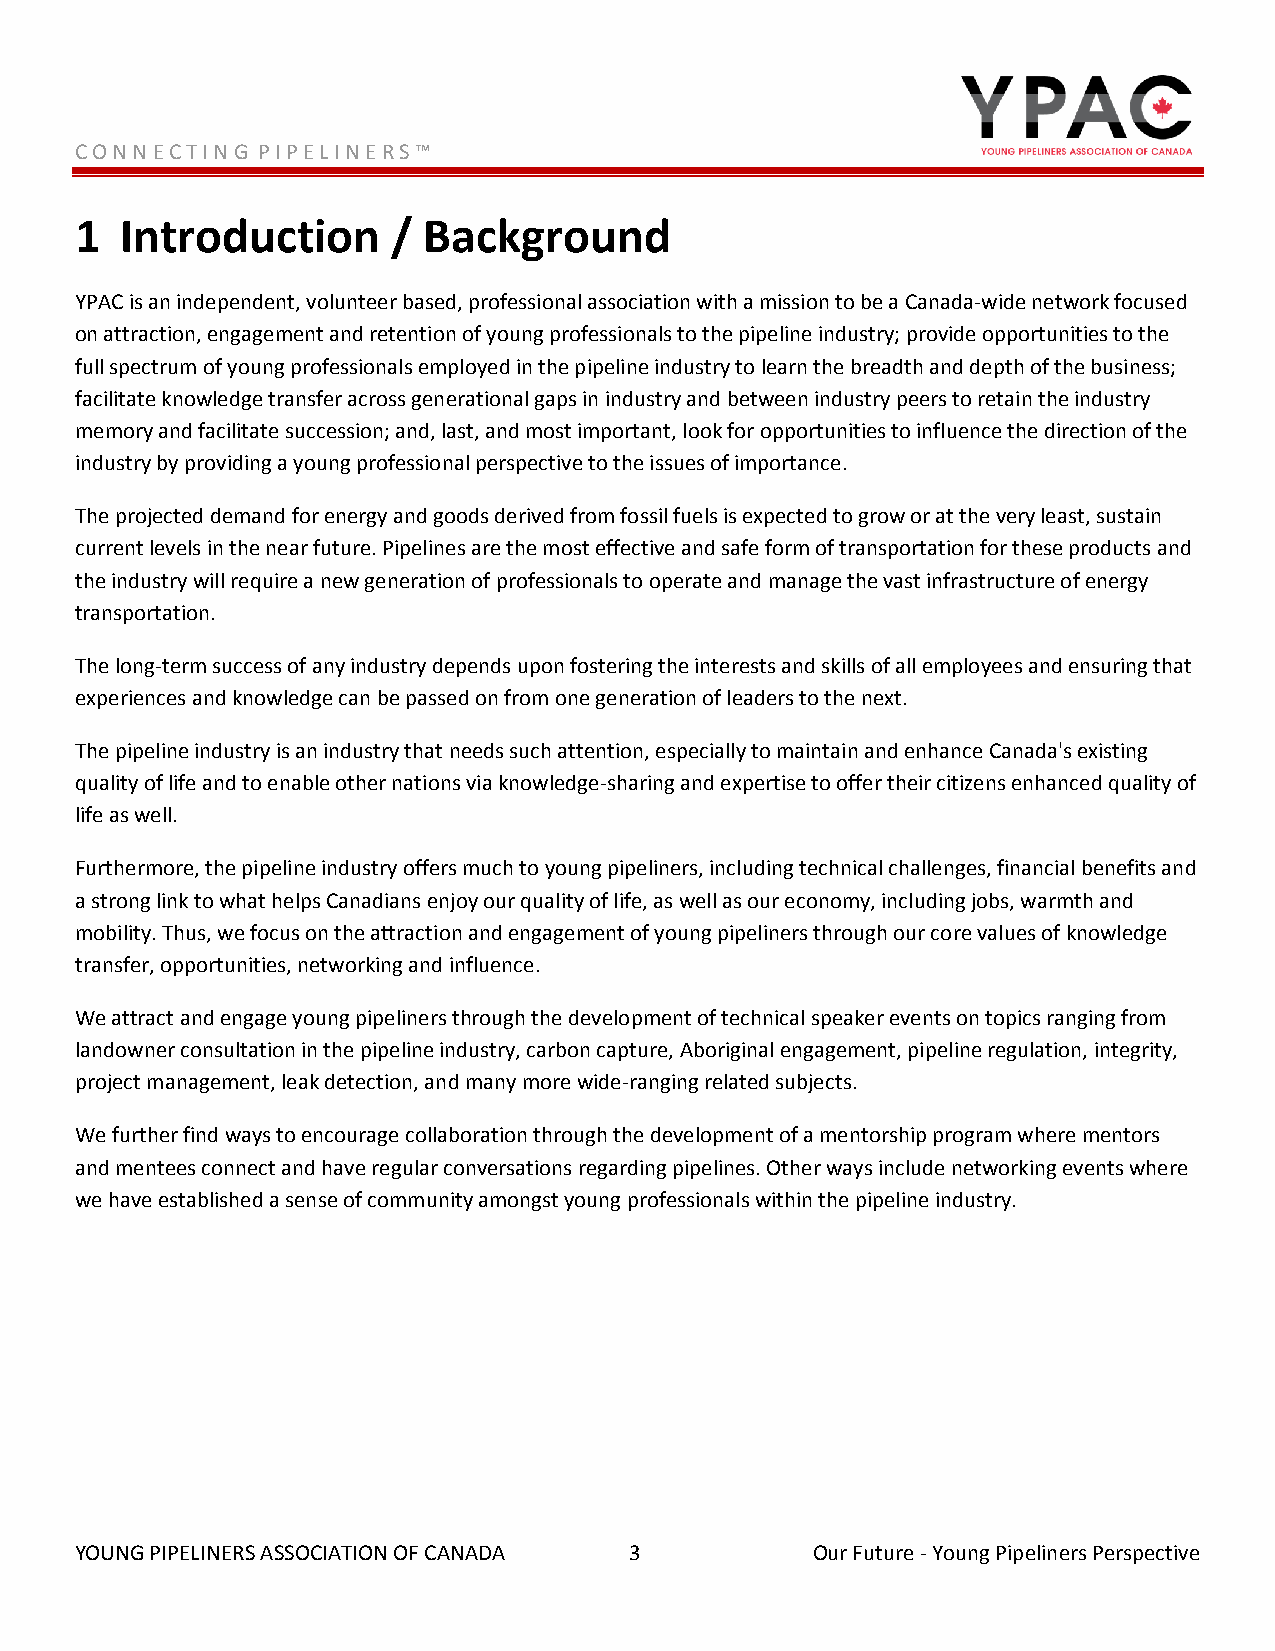
C O N N E C T I N G P I P E L I N E R S ™
 1  Introduction      / Background
 YPAC is an independent, volunteer based, professional association with a mission to be a Canada-wide network focused
 on attraction, engagement and retention of young professionals to the pipeline industry; provide opportunities to the
 full spectrum of young professionals employed in the pipeline industry to learn the breadth and depth of the business;
 facilitate knowledge transfer across generational gaps in industry and between industry peers to retain the industry
 memory and facilitate succession; and, last, and most important, look for opportunities to influence the direction of the
 industry by providing a young professional perspective to the issues of importance.
 The projected demand for energy and goods derived from fossil fuels is expected to grow or at the very least, sustain
 current levels in the near future. Pipelines are the most effective and safe form of transportation for these products and
 the industry will require a new generation of professionals to operate and manage the vast infrastructure of energy
 transportation.
 The long-term success of any industry depends upon fostering the interests and skills of all employees and ensuring that
 experiences and knowledge can be passed on from one generation of leaders to the next.
 The pipeline industry is an industry that needs such attention, especially to maintain and enhance Canada's existing
 quality of life and to enable other nations via knowledge-sharing and expertise to offer their citizens enhanced quality of
 life as well.
 Furthermore, the pipeline industry offers much to young pipeliners, including technical challenges, financial benefits and
 a strong link to what helps Canadians enjoy our quality of life, as well as our economy, including jobs, warmth and
 mobility. Thus, we focus on the attraction and engagement of young pipeliners through our core values of knowledge
 transfer, opportunities, networking and influence.
 We attract and engage young pipeliners through the development of technical speaker events on topics ranging from
 landowner consultation in the pipeline industry, carbon capture, Aboriginal engagement, pipeline regulation, integrity,
 project management, leak detection, and many more wide-ranging related subjects.
 We further find ways to encourage collaboration through the development of a mentorship program where mentors
 and mentees connect and have regular conversations regarding pipelines. Other ways include networking events where
 we have established a sense of community amongst young professionals within the pipeline industry.
 YOUNG PIPELINERS ASSOCIATION OF CANADA 3         Our Future - Young Pipeliners Perspective